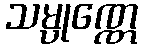
သမ္ပုဏ္ဏေ